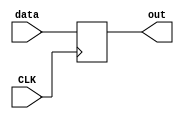
`timescale 1ns / 1ps
//////////////////////////////////////////////////////////////////////////////////
// Company: 
// Engineer: 
// 
// Design Name: 
// Module Name: BDR
// Project Name: 
// Target Devices: 
// Tool Versions: 
// Description: 
// 
// Dependencies: 
// 
// Revision:
// Revision 0.01 - File Created
// Additional Comments:
// 
//////////////////////////////////////////////////////////////////////////////////


module DR(
    input CLK,
    input [31:0] data,
    output reg[31:0] out
    );
    initial begin
        out = 0;
    end
    always@(negedge CLK) begin
        out <= data;
    end
endmodule